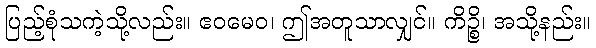
ပြည့်စုံသကဲ့သို့လည်း။ ဧဝမေဝ၊ ဤအတူသာလျှင်။ ကိဉ္စိ၊ အသို့နည်း။